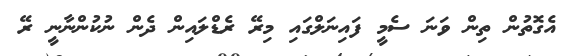
އެގޮތުން ތިން ވަނަ ސެމީ ފައިނަލްގައި މިރޭ ރެޑްލައިން ދެން ނުކުންނާނީ ރޭ